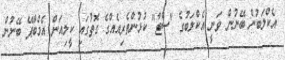
އެކްލަބުން ބޭނުން ވަނީ އެކްލަބުގެ "ސްޓާ" ކުޅުންތެރިއެއްގެ ގޮތުގައި ކީލިއަން އެމްބާޕޭ ބޭނުން